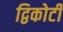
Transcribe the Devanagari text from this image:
द्विकोटी